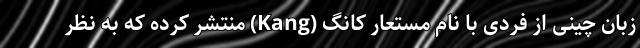
زبان چینی از فردی با نام مستعار کانگ (Kang) منتشر کرده که به نظر